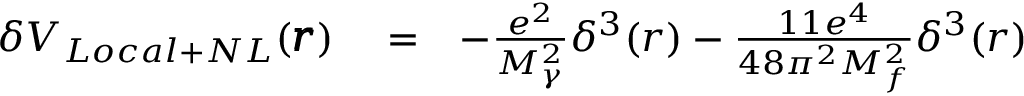
\begin{array} { r l r } { \delta V _ { L o c a l + N L } ( \pmb { r } ) } & { { } = } & { - \frac { e ^ { 2 } } { M _ { \gamma } ^ { 2 } } \delta ^ { 3 } ( r ) - \frac { 1 1 e ^ { 4 } } { 4 8 \pi ^ { 2 } M _ { f } ^ { 2 } } \delta ^ { 3 } ( r ) } \end{array}